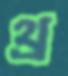
থ্র